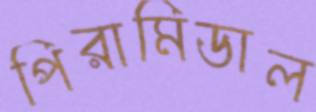
পিরামিডাল